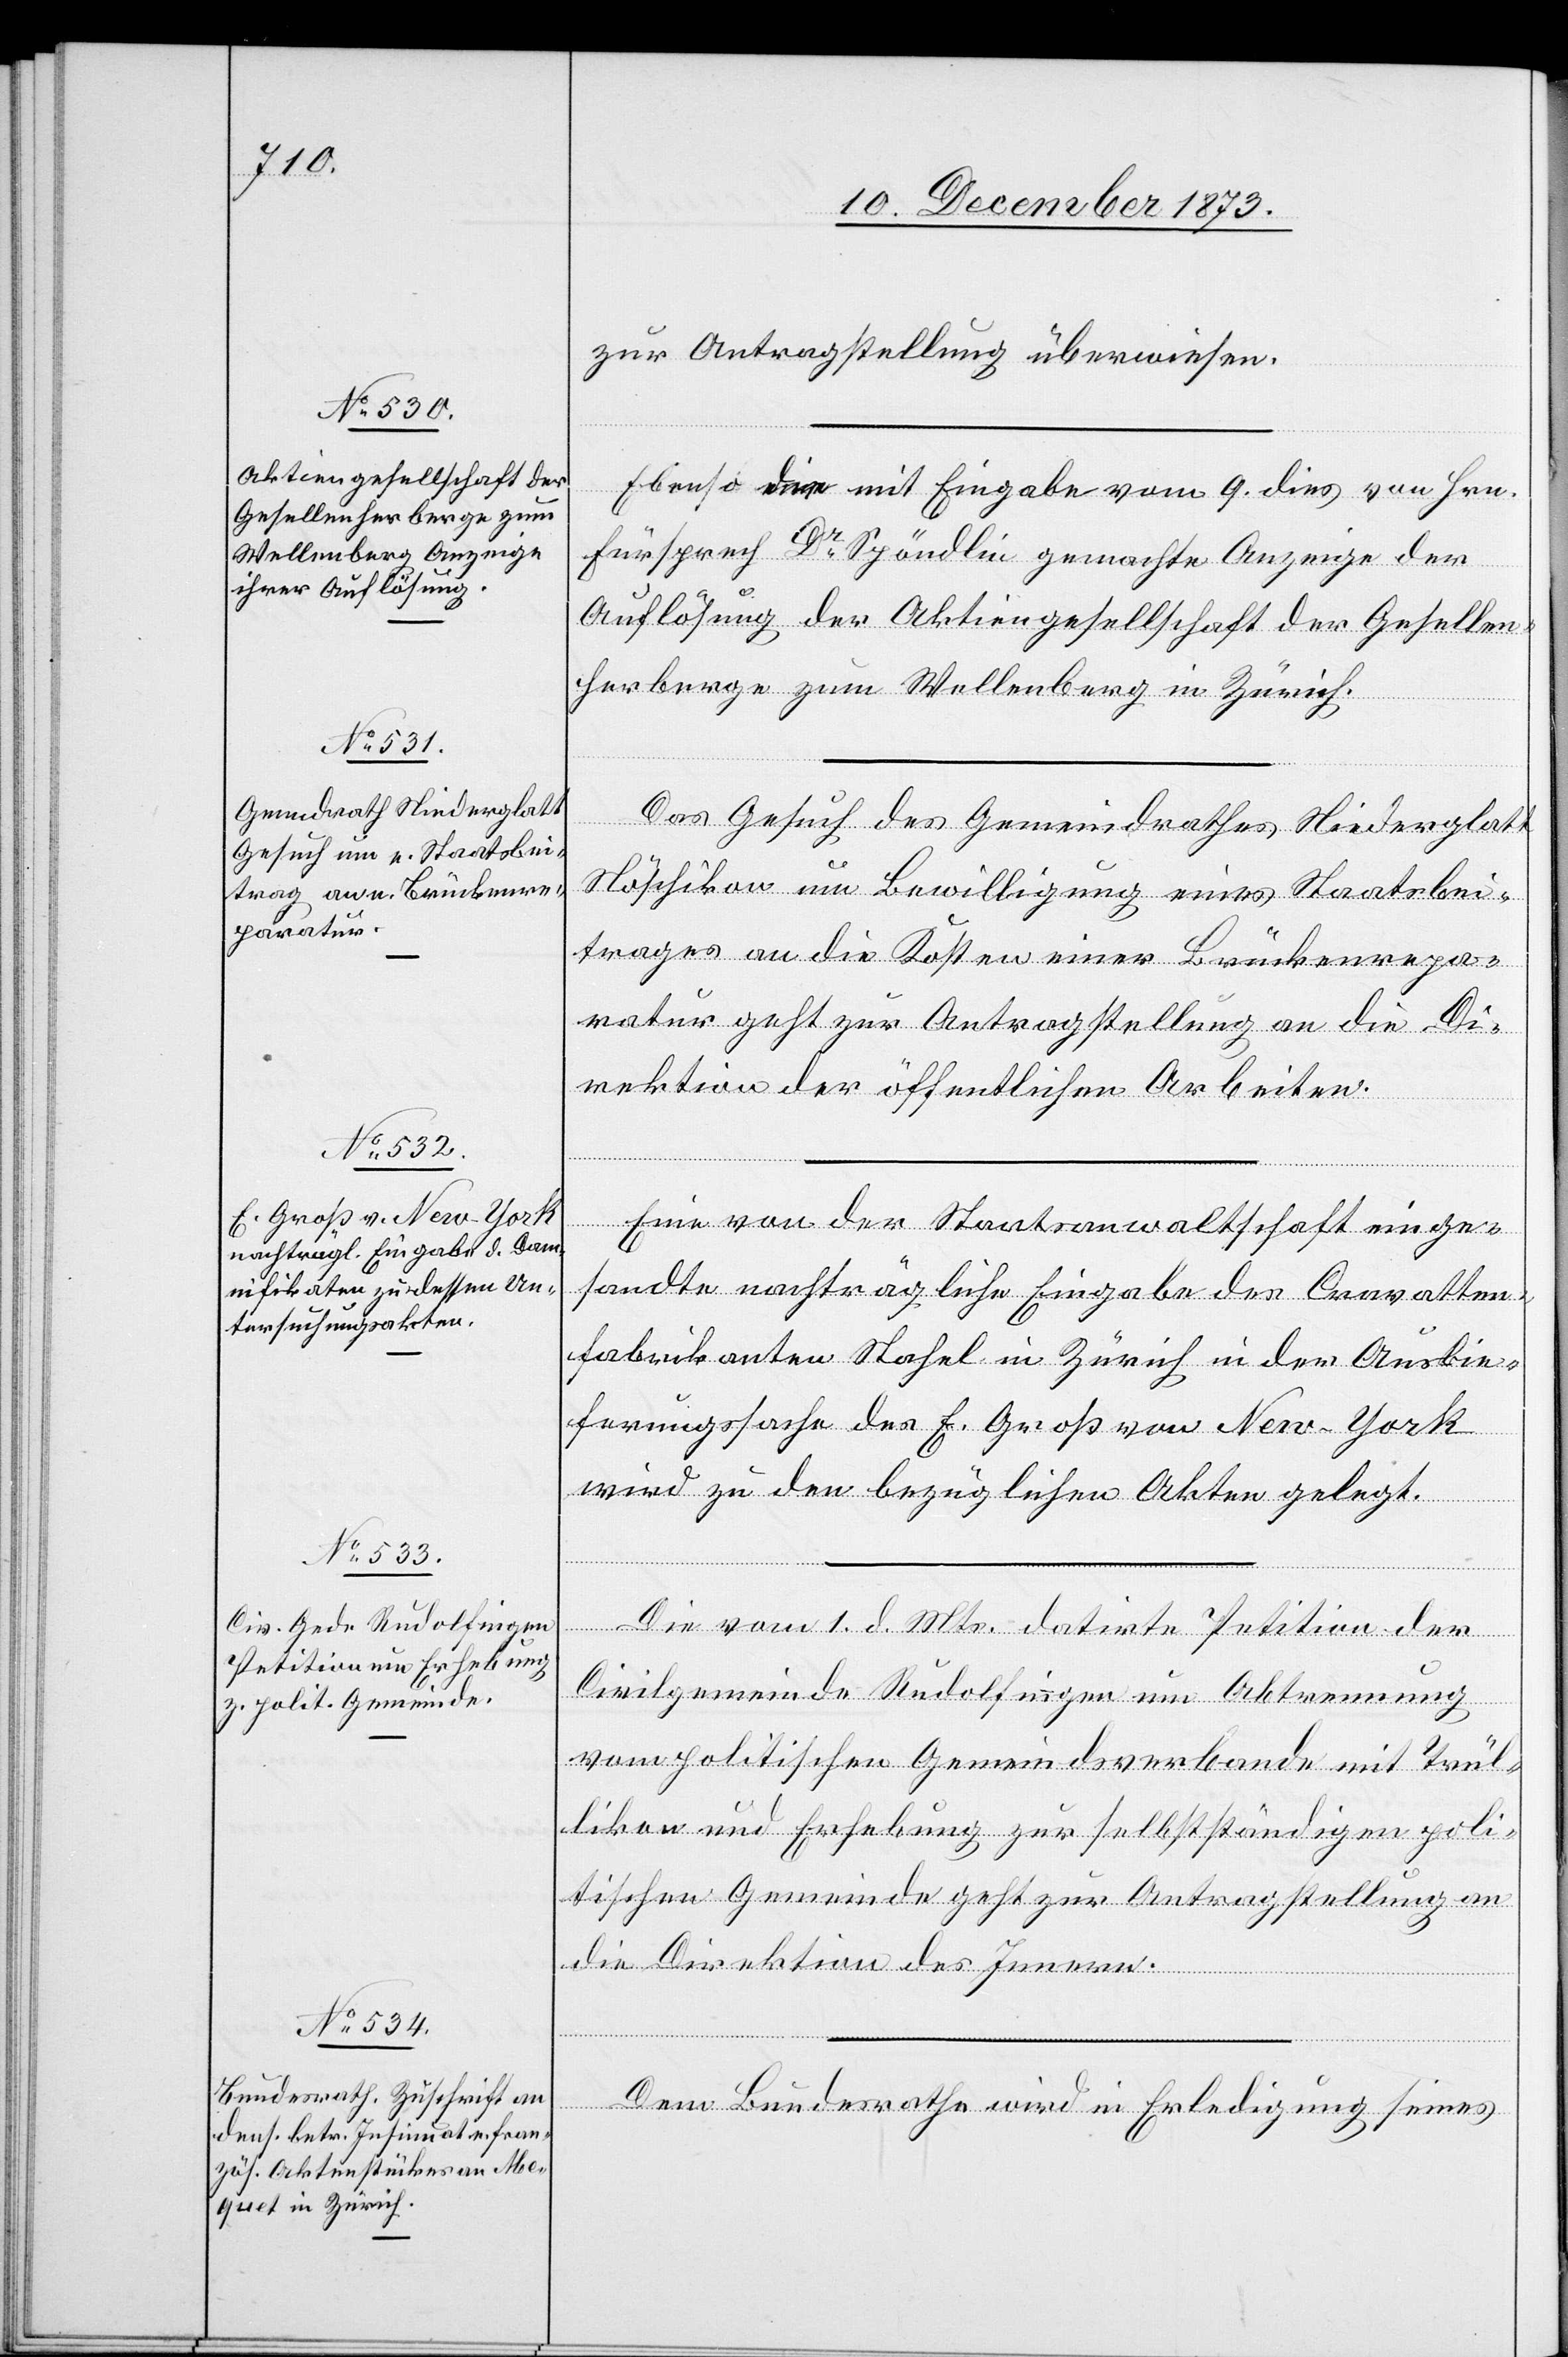
11. December 1873.]
zur Antragstellung überwiesen.
Ebenso die mit Eingabe vom 9. dies von Hrn.
Fürsprech Dr Spöndlin gemachte Anzeige der
Auflösung der Aktiengesellschaft der Gesellen¬
herberge zum Wellenberg in Zürich.
Das Gesuch des Gemeindrathes Niederglat¬
t-Nöschikon um Bewilligung eines Staatsbei¬
trages an die Kosten einer Brückenrepa¬
ratur geht zur Antragstellung an die Di¬
rektion der öffentlichen Arbeiten.
Eine von der Staatsanwaltschaft einge¬
sandte nachträgliche Eingabe des Cravatten¬
fabrikanten Stahel in Zürich in der Auslie¬
ferungssache des E. Groß von New-York
wird zu den bezüglichen Akten gelegt.
Die vom 1. d. Mts. datirte Petition der
Civilgemeinde Rudolfingen um Abtrennung
vom politischen Gemeindsverbande mit Trül¬
likon und Erhebung zur selbstständigen poli¬
tischen Gemeinde geht zur Antragstellung an
die Direktion des Innern.
Dem Bundesrathe wird in Erledigung seines